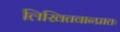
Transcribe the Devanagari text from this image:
लिखितवान्प्रातः